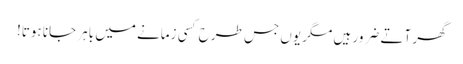
گھر آتے ضرور ہیں مگر یوں جس طرح کسی زمانے میں باہر جانا ہوتا!